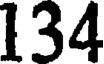
134